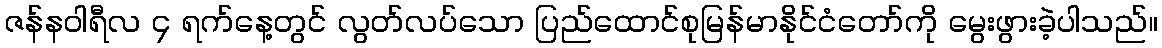
ဇန်နဝါရီလ ၄ ရက်နေ့တွင် လွတ်လပ်သော ပြည်ထောင်စုမြန်မာနိုင်ငံတော်ကို မွေးဖွားခဲ့ပါသည်။